system: You are a helpful assistant.
user:
Analyze the provided spectrum to determine if it is a **Carbon Star (C-type)**.

- **Key Visual Indicators of Carbon Star:**
    - **(Primary):** Strong molecular absorption from **C₂ (diatomic carbon) "Swan Bands."** This is the **defining feature** of a carbon star.
        - **(Key Bandheads):** Sharp absorption edges are visible at approximately $5635$ Å, $5165$ Å (the strongest band), and $4737$ Å.
        - **(Line Profile):** Creates a distinct **"saw-tooth"** pattern. The key morphology is a sharp, steep bandhead on the **red (long-wavelength) side**, which then gradually tapers off (i.e., flux recovers) towards the **blue (short-wavelength) side**. *(This is the direct opposite of the TiO bands seen in M-type stars)*.

    - **(Secondary):** Intense **CN (cyanogen)** molecular absorption bands.
        - **(Key Bandheads):** Located in the blue and violet regions of the spectrum (e.g., near $4215$ Å and $3883$ Å).
        - **(Morphology):** These bands are extremely broad and act as a "blanket," absorbing the vast majority of blue and violet light. This creates a characteristic **"cliff"** or **"steep drop-off"** in the spectrum's flux at short wavelengths.

    - **(Key Confirmation):** Strong **CH absorption band (G-band)**.
        - **(Key Bandhead):** Located around $4300$ Å. The contribution from CH molecules to this band is exceptionally strong.

    - **(Overall Spectrum):**
        - The continuum is severely "chopped up" by these deep molecular bands, especially C₂, rather than appearing as a smooth curve.
        - Due to the heavy CN and C₂ absorption in the blue-green, the vast majority of the star's flux is concentrated in the red part of the spectrum, giving the star its characteristic deep red color.

Think first, call **spectral_visualization_tool** if needed to examine features in detail, then provide your final answer. Your response must adhere to the following strict rules:
1.  **Overall Structure:** Your response must follow the format `<think>...</think> <tool_call>...</tool_call> (if a tool is used) <answer>...</answer>`.
2.  **Tool Usage Constraint:** You may only make **one** tool call per turn.
3.  **Final Answer Format:** In the `<answer>` tag, your conclusion must be inside a `\boxed{}` command (e.g., `\boxed{YES}`), followed by your justification.

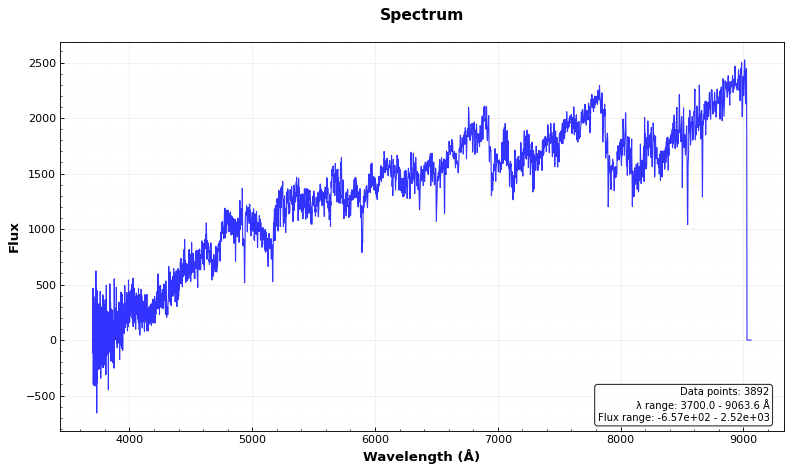
Answer: YES